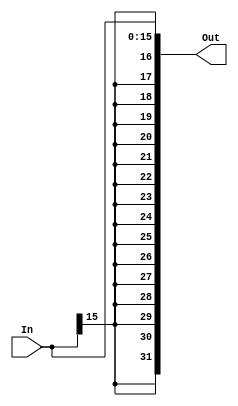
`timescale 1ns / 1ps
//////////////////////////////////////////////////////////////////////////////////
// Company: 
// Engineer: 
// 
// Design Name: 
// Module Name:    SignExtend 
// Project Name: 
// Target Devices: 
// Tool versions: 
// Description: 
//
// Dependencies: 
//
// Revision: 
// Revision 0.01 - File Created
// Additional Comments: 
//
//////////////////////////////////////////////////////////////////////////////////
module SignExtend(
	input [15:0] In,
	output [31:0] Out
    );
	 
	 assign Out[31:16] = {16{In[15]}};
	 assign Out[15:0] = In[15:0];

endmodule